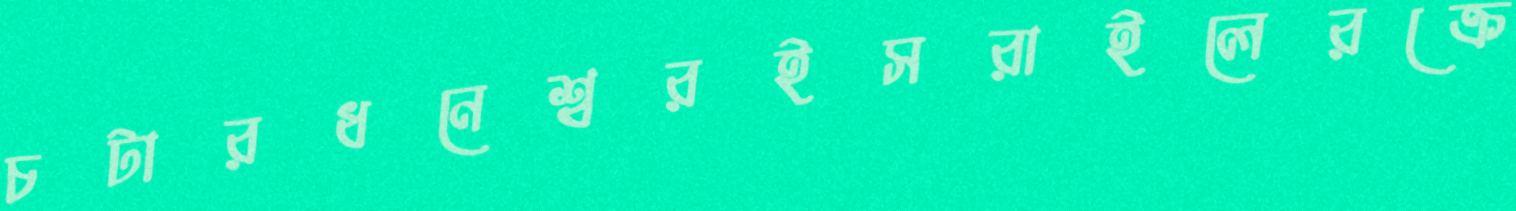
চটারধনেশ্বরইসরাইলেরক্রে